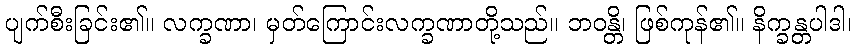
ပျက်စီးခြင်း၏။ လက္ခဏာ၊ မှတ်ကြောင်းလက္ခဏာတို့သည်။ ဘဝန္တိ၊ ဖြစ်ကုန်၏။ နိက္ခန္တပါဒါ၊